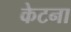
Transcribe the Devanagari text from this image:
केटना